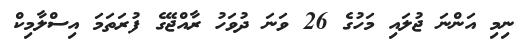
ނިމި އަންނަ ޖުލައި މަހުގެ 26 ވަނަ ދުވަހު ރާއްޖޭގެ ފުރަތަމަ އިސްލާމިކް